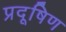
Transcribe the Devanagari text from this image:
प्रदूषिण